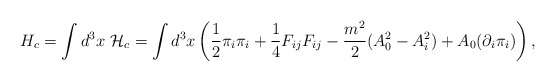
\begin{align*}H_c = {\displaystyle \int d^3x ~{\cal H}_c} = {\displaystyle \int d^3x \left ( \frac{1}{2}{\pi_i}{\pi_i} + {\frac{1}{4}}F_{ij}F_{ij} - \frac{m^2}{2}(A_0^2 - A_i^2) + A_0({\partial_i}\pi_i)\right ),}\end{align*}